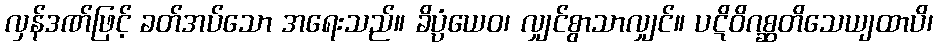
လှန်ဒဏ်ဖြင့် ခတ်အပ်သော အရေးသည်။ ခိပ္ပံယေဝ၊ လျှင်စွာသာလျှင်။ ပဋိဝိဂစ္ဆတိသေယျထာပိ၊